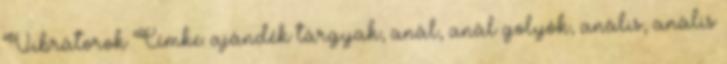
Vibrátorok Címke: ajándék tárgyak, anál, anál golyók, anális, anális